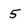
Character: 5